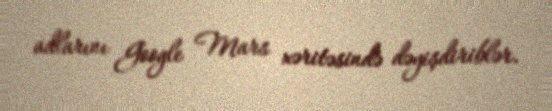
adlarını Google Mars xəritəsində dəyişdiriblər.